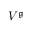
V ^ { \mathfrak { g } }